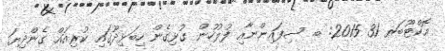
އޮކްޓޫބަރ 31 2015: ބ. ސިފައިންނާއި ފުލުހުން ގުޅިގެން ހިބަޅިދޫގައި ކުރިއައް ގެންދިޔަ